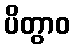
ပိတွာဝ